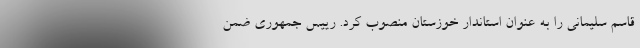
قاسم سلیمانی را به عنوان استاندار خوزستان منصوب کرد. رییس جمهوری ضمن